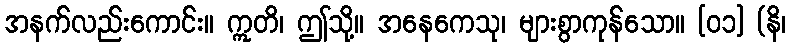
အနက်လည်းကောင်း။ ဣတိ၊ ဤသို့။ အနေကေသု၊ များစွာကုန်သော။ [၀၁] (နိ၊